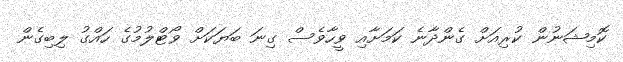
ކޮމިޝަނުން ކުރިއަށް ގެންދާނެ ކަމަށާއި ވީހާވެސް ގިނަ ބަޔަކަށް ވޯޓްލުމުގެ ހައްގު ލިބިގެން